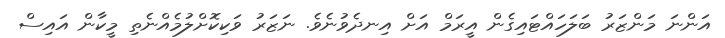
އަންނަ މަންޒަރު ބަލަހައްޓައިގެން އީރަމް އަށް އިނދެވުނެވެ. ނަޒަރު ވަކިކޮށްލުމެއްނެތި މީކާން އައިސް